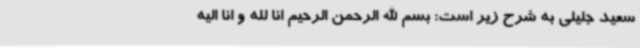
سعید جلیلی به شرح زیر است: بسم الله الرحمن الرحیم انا لله و انا الیه